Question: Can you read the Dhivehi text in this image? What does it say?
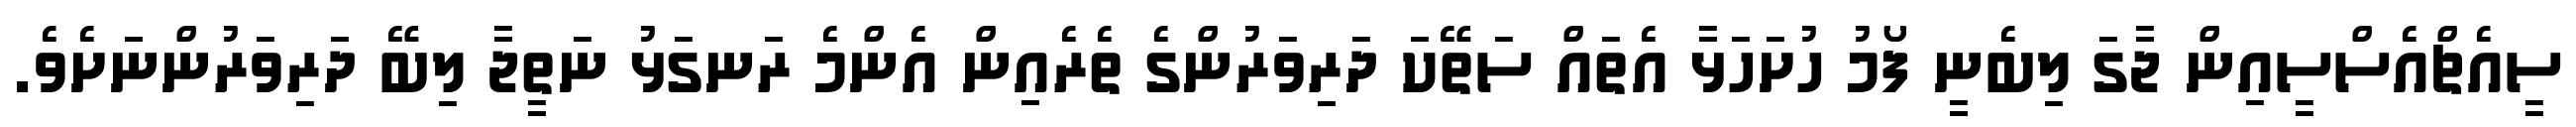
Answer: ސީއެޗްއެސްސީއިން ޖާގަ ލިބެނީ ފޯމު ހުށަހަޅާ އެތައް ސަތޭކަ ދަރިވަރުންގެ ތެރެއިން އެންމެ ރަނގަޅު ނަތީޖާ ލިބޭ ދަރިވަރުންނަށެވެ.